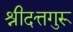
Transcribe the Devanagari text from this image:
श्रीदत्तगुरू